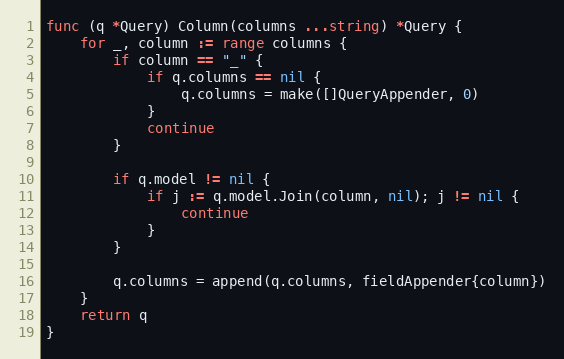
Language: Go
func (q *Query) Column(columns ...string) *Query {
	for _, column := range columns {
		if column == "_" {
			if q.columns == nil {
				q.columns = make([]QueryAppender, 0)
			}
			continue
		}

		if q.model != nil {
			if j := q.model.Join(column, nil); j != nil {
				continue
			}
		}

		q.columns = append(q.columns, fieldAppender{column})
	}
	return q
}